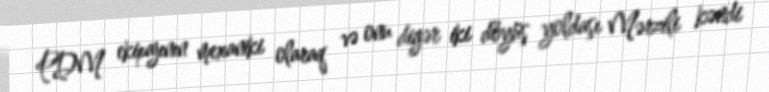
PDM ekipajının mexaniki olaraq və onu digər iki döyüş yoldaşı Mərzili kəndi